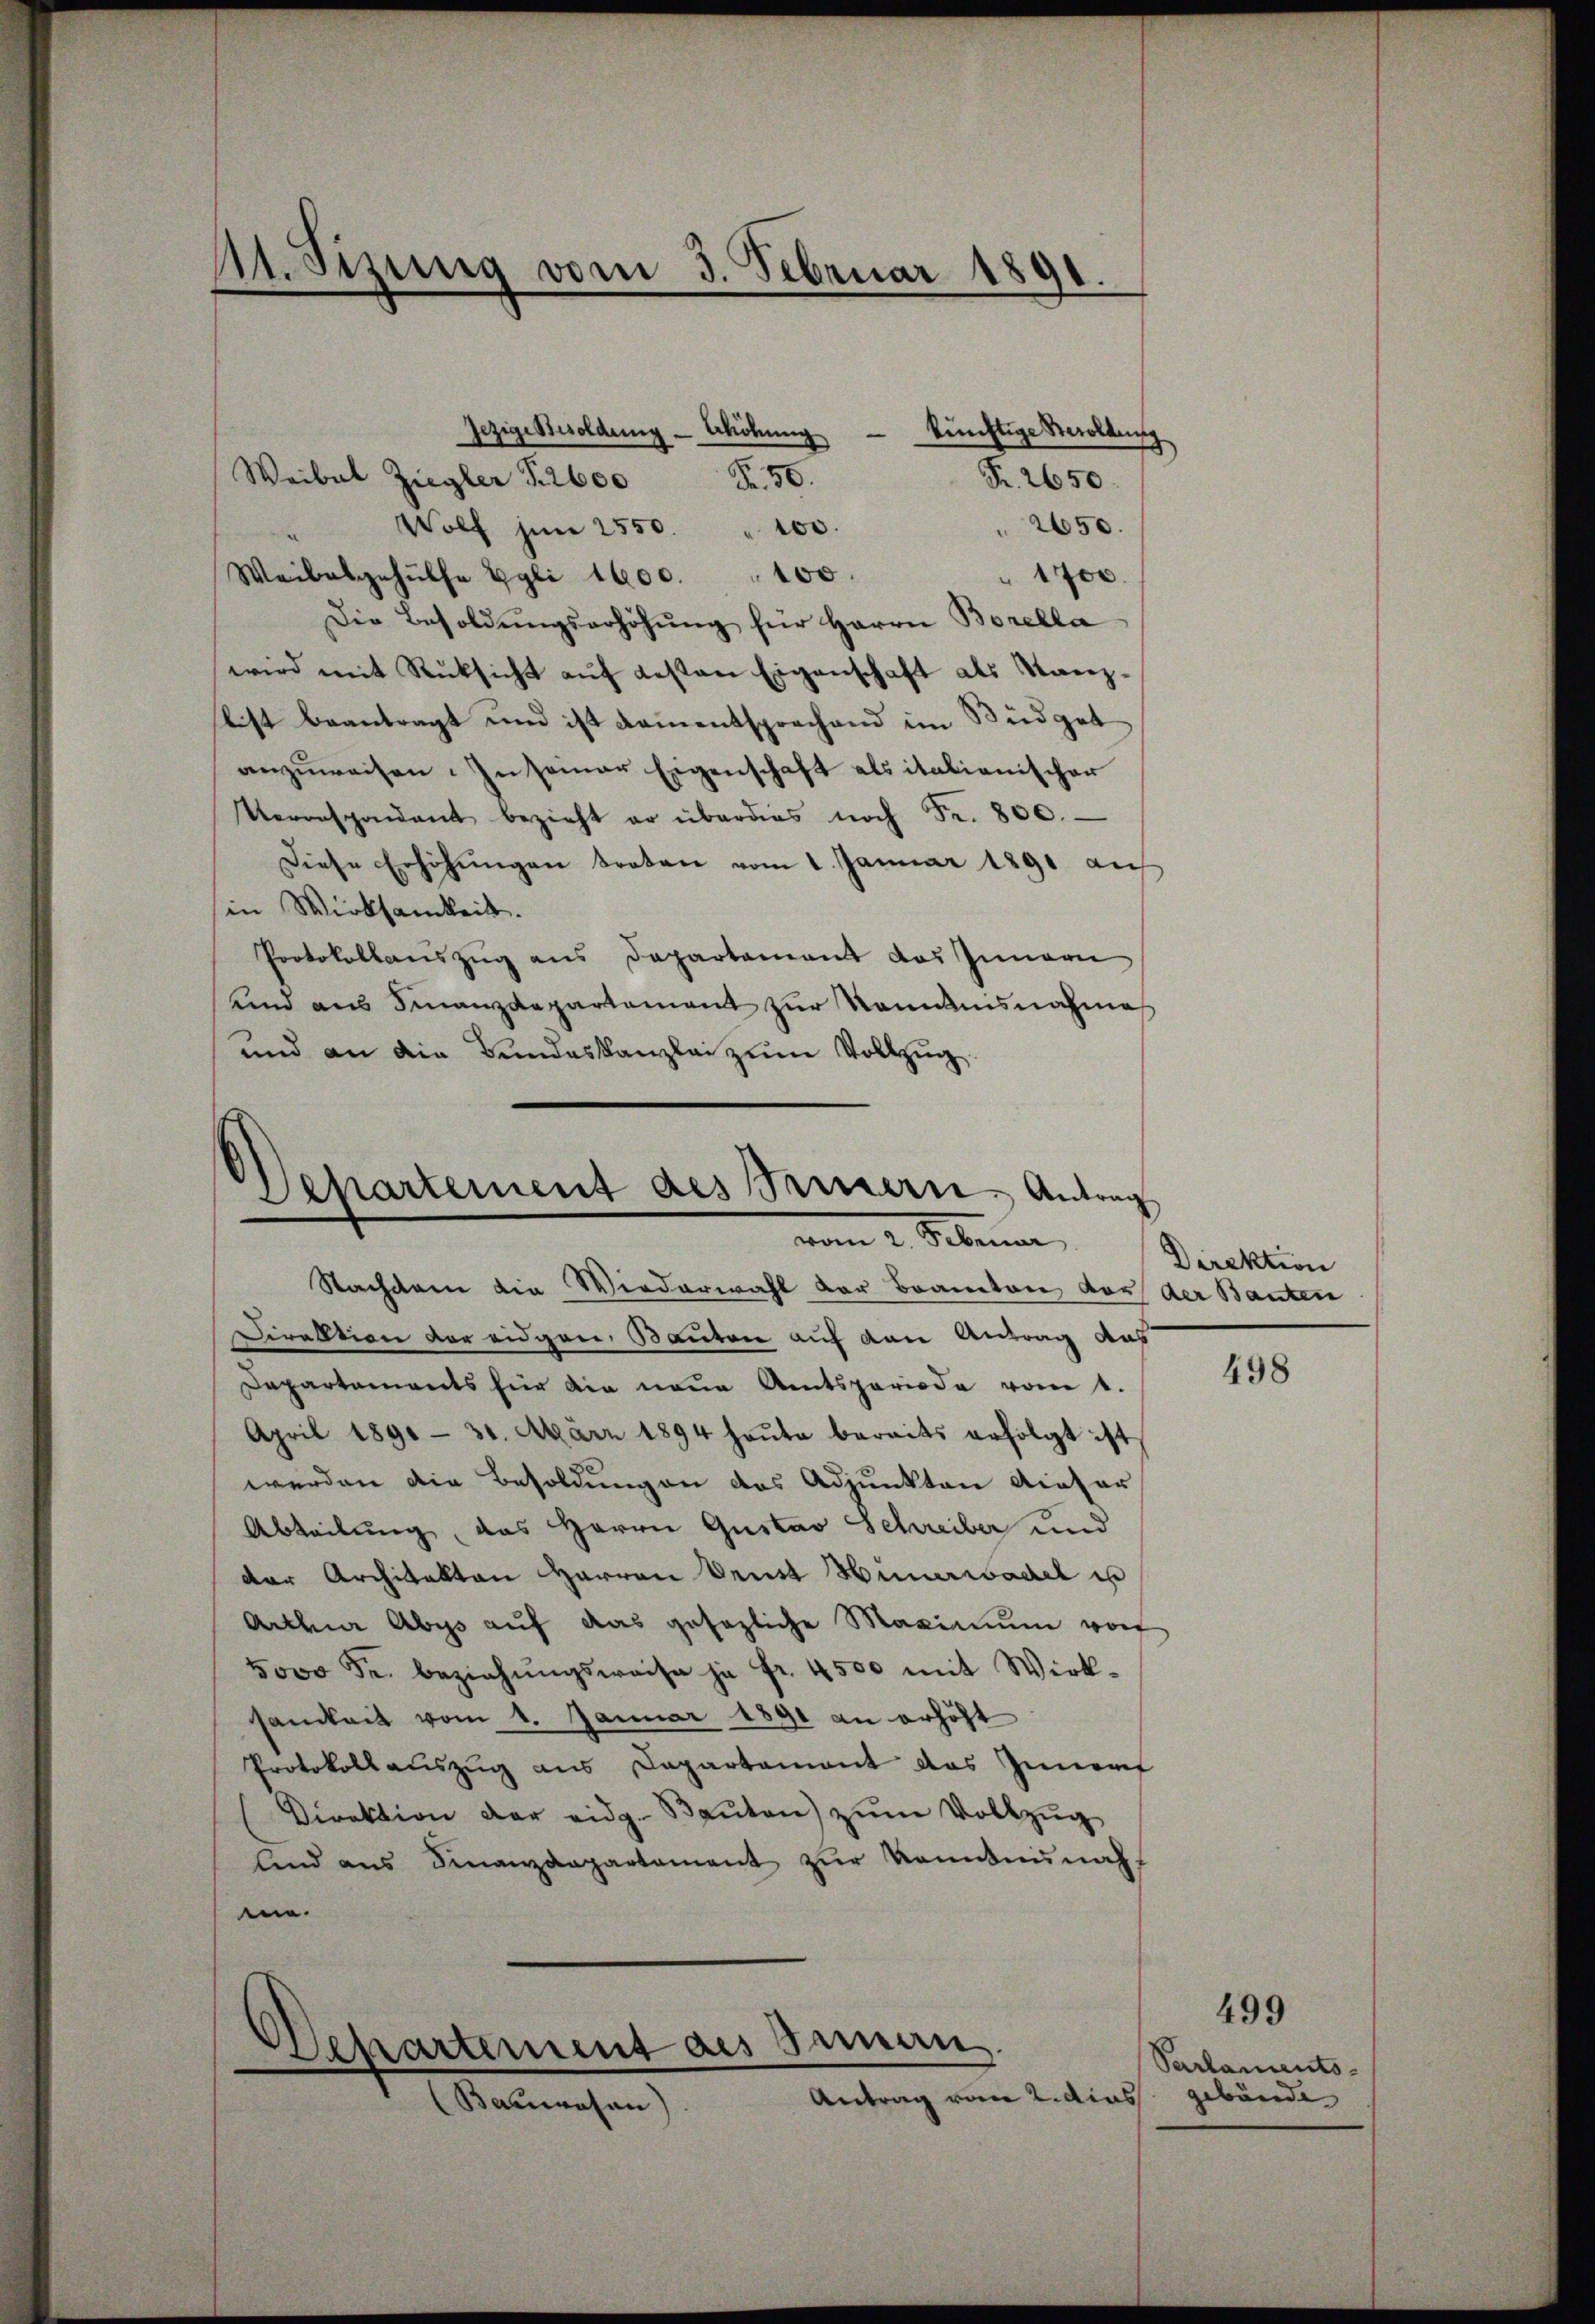
11. Sizung vom 3. Februar 1891.

Fr. 50.
Waibel Ziegler T.600
2650.
Wolf in 2550. " 100.
Weibesgehülfe Egli 1600 " 100.
" 1700.
Die Besoldŭngserhöhŭng für Herrn Borella
wird mit Rücksicht auf gesten Eigenschaft als Kanzbist beantragt und ist kamentsprachend im Südget
anzuweisen. In semar Eigenschaft als italienischer
Veranspondant bezieht er überdies noch Fr. 800.
Diese Erhöhungen treten vom 1. Januar 1891 auf
in Wirksamkeit.
Protokollauszug aus Departement das Innern
und aus Finanzdepartement zur Randnisnahmes
und an die Bundeskanzlei zum Vollzug.

Gezige Besoldung - Schöhŭng — künftige Besoldung

Fr. 2650.

Departement des Seinern Antrag
vom 2. Februar,

Departement des Innen
Antrag vom 2. dies
Bauwesen)

Nachdem die Wiederwahl der Branton vor der Bauten
Direktion vor eidgen. Bauten auf den Antrag aus
Dapartements hier die neue Amtsperiode vom 1.
April 1890 - 31. März 1894 heŭte bereits erfolgt ist
werden die Besoldungen des Adjunkten dieser
Abteilung, das Herrn Gustav Schreiber und
der Architekten Herren Deust Hünerwadel u
Arthur Abys aŭf das gesezliche Maximŭm von
5000 Fr. beziehŭngsweise ja fr. 4500 mit Wirk-
samkeit vom 1. Januar 1891 an erhöht
Protokoll auszug aus Capartamant das Zunerf
Direktion der eidg. Baŭten) zŭm Vollzŭg,
lnd ans Finanzdepartement zŭr kanntnŭngs
me.

Direktion

498

Parlaments-
gebäude

499